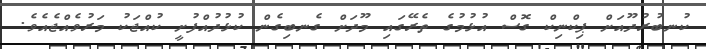
ކުނބުރުދޫއަށް ޕިކްނިކް ގޮސް އުޅުމުގެ ތެރޭގައި މޫދަށް ގެނބިގެން ކުޅުދުއްފުށީ ކުއްޖަކު މަރުވެއްޖެއެވެ.